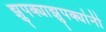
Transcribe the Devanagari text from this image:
झुपक्याझुपक्यांनी